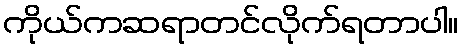
ကိုယ်ကဆရာတင်လိုက်ရတာပါ။